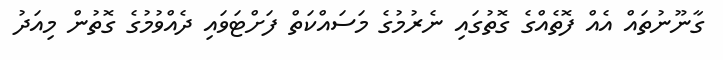
ގާނޫނުތައް އެއް ފޮތެއްގެ ގޮތުގައި ނެރުމުގެ މަސައްކަތް ފަށްޓަވައި ދެއްވުމުގެ ގޮތުން މިއަދު